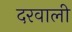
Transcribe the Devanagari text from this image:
दरवाली